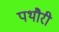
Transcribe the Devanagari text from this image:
पथौरी